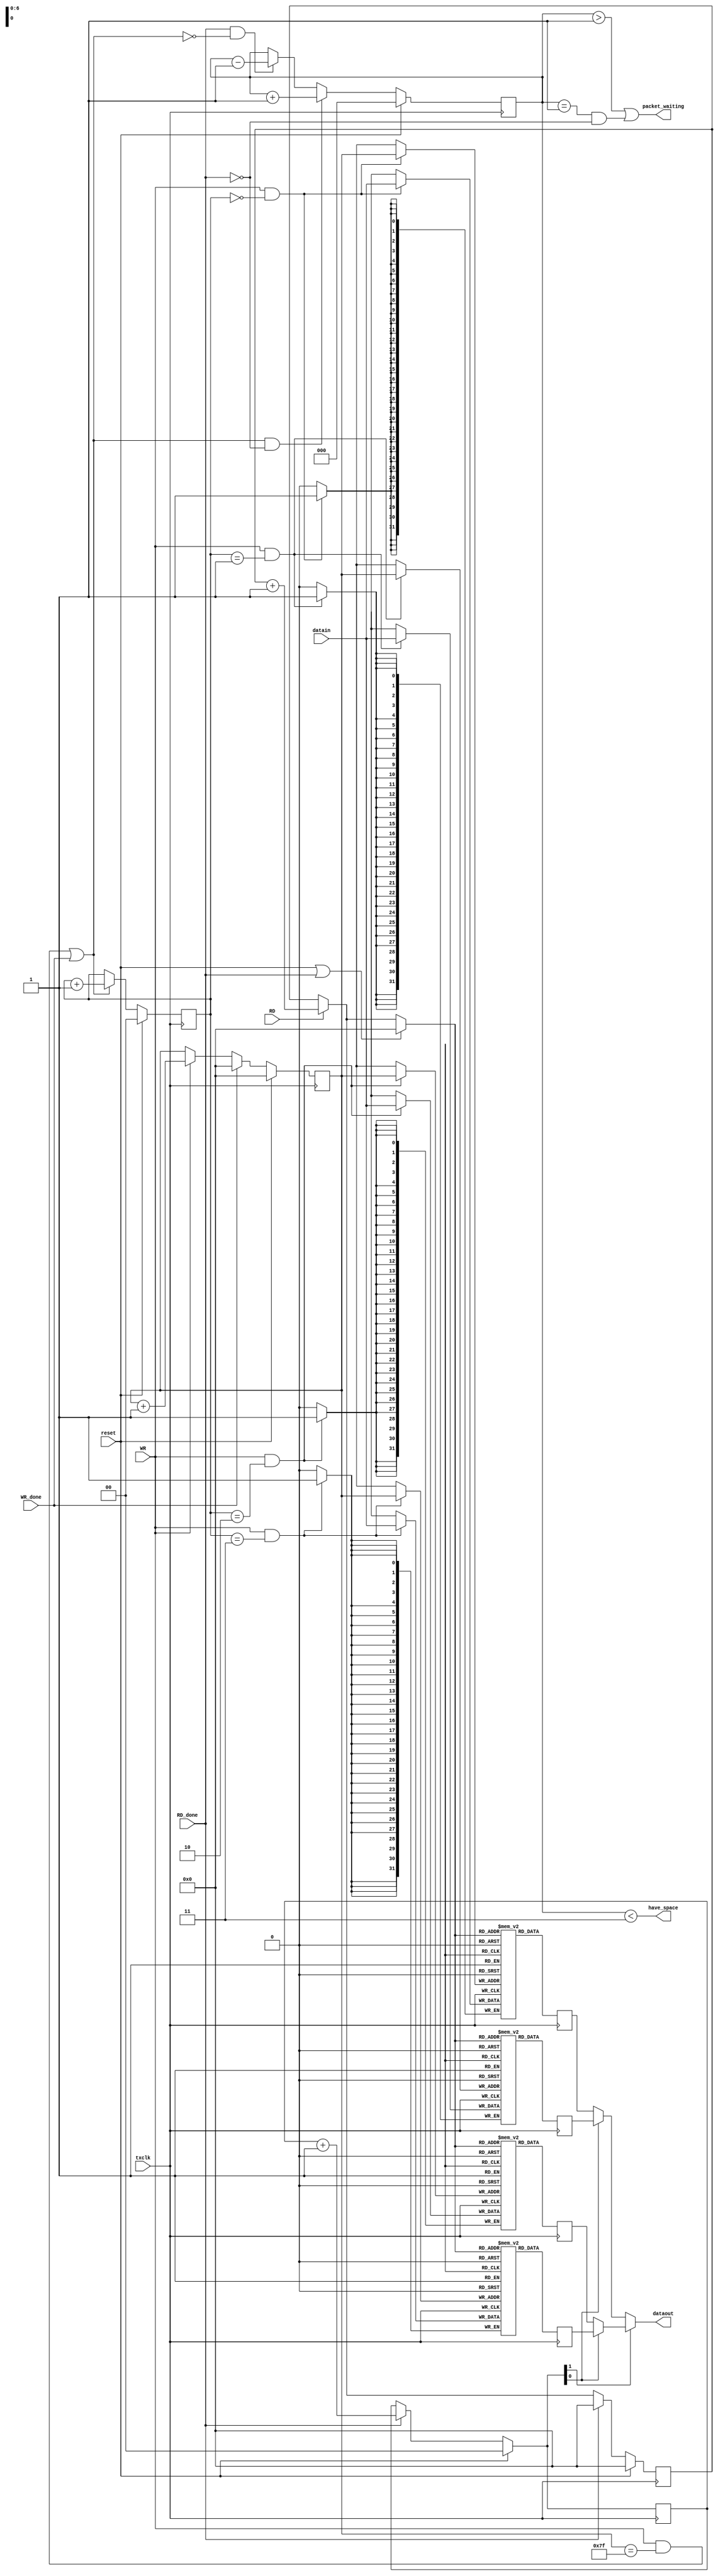
module channel_ram 
   ( // System
     input txclk, input reset,
     // USB side
     input [31:0] datain, input WR, input WR_done, output have_space,
     // Reader side 
     output [31:0] dataout, input RD, input RD_done, output packet_waiting);
	
   reg [6:0] wr_addr, rd_addr;
   reg [1:0] which_ram_wr, which_ram_rd;
   reg [2:0] nb_packets;
	
   reg [31:0] ram0 [0:127];
   reg [31:0] ram1 [0:127];
   reg [31:0] ram2 [0:127];
   reg [31:0] ram3 [0:127];
	
   reg [31:0] dataout0;
   reg [31:0] dataout1;
   reg [31:0] dataout2;
   reg [31:0] dataout3;
	
   wire wr_done_int;
   wire rd_done_int;
   wire [6:0] rd_addr_final;
   wire [1:0] which_ram_rd_final;
	
   // USB side
   always @(posedge txclk)
       if(WR & (which_ram_wr == 2'd0)) ram0[wr_addr] <= datain;
			
   always @(posedge txclk)
       if(WR & (which_ram_wr == 2'd1)) ram1[wr_addr] <= datain;

   always @(posedge txclk)
       if(WR & (which_ram_wr == 2'd2)) ram2[wr_addr] <= datain;

   always @(posedge txclk)
       if(WR & (which_ram_wr == 2'd3)) ram3[wr_addr] <= datain;

   assign wr_done_int = ((WR && (wr_addr == 7'd127)) || WR_done);
   
   always @(posedge txclk)
       if(reset)
           wr_addr <= 0;
       else if (WR_done)
           wr_addr <= 0;
       else if (WR) 
           wr_addr <= wr_addr + 7'd1;
		
   always @(posedge txclk)
      if(reset)
          which_ram_wr <= 0;
      else if (wr_done_int) 
          which_ram_wr <= which_ram_wr + 2'd1;
	
   assign have_space = (nb_packets < 3'd3);
		
   // Reader side
   // short hand fifo
   // rd_addr_final is what rd_addr is going to be next clock cycle
   // which_ram_rd_final is what which_ram_rd is going to be next clock cycle
   always @(posedge txclk)  dataout0 <= ram0[rd_addr_final];
   always @(posedge txclk)  dataout1 <= ram1[rd_addr_final];
   always @(posedge txclk)  dataout2 <= ram2[rd_addr_final];
   always @(posedge txclk)  dataout3 <= ram3[rd_addr_final];
	
   assign dataout = (which_ram_rd_final[1]) ? 
                    (which_ram_rd_final[0] ? dataout3 : dataout2) :
                    (which_ram_rd_final[0] ? dataout1 : dataout0);

   //RD_done is the only way to signal the end of one packet
   assign rd_done_int = RD_done;   

   always @(posedge txclk)
       if (reset)
           rd_addr <= 0;
       else if (RD_done)
           rd_addr <= 0;
       else if (RD) 
           rd_addr <= rd_addr + 7'd1;
			
   assign rd_addr_final = (reset|RD_done) ? (6'd0) : 
	                  ((RD)?(rd_addr+7'd1):rd_addr); 
	
   always @(posedge txclk)
       if (reset)
           which_ram_rd <= 0;
       else if (rd_done_int)
           which_ram_rd <= which_ram_rd + 2'd1;

   assign which_ram_rd_final = (reset) ? (2'd0):
	                       ((rd_done_int) ? (which_ram_rd + 2'd1) : which_ram_rd);
	                        
   //packet_waiting is set to zero if rd_done_int is high
   //because there is no guarantee that nb_packets will be pos.

   assign packet_waiting = (nb_packets > 1) | ((nb_packets == 1)&(~rd_done_int));
   always @(posedge txclk)
       if (reset)
           nb_packets <= 0;
       else if (wr_done_int & ~rd_done_int)
           nb_packets <= nb_packets + 3'd1;
       else if (rd_done_int & ~wr_done_int)
           nb_packets <= nb_packets - 3'd1;
			
endmodule